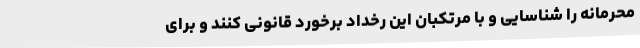
محرمانه را شناسایی و با مرتکبان این رخداد برخورد قانونی کنند و برای